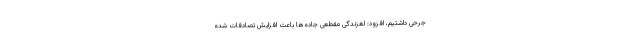
جرحی داشتیم، افزود: لغزندگی مقطعی جاده‌ها باعت افزایش تصادفات شده